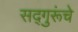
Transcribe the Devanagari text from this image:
सद्गुरूंचे